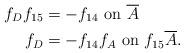
LaTeX: \begin{align*}f_Df_{15} &= -f_{14} \mbox{ on $\overline{A}$} \\f_D &= -f_{14}f_A \mbox{ on $f_{15}\overline{A}$}. \end{align*}